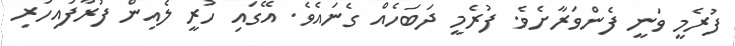
ފުރެމީ ވަނީ ފެންވަރާށެވެ. ފުރެމީ ދަބަހެއް ގެނައެވެ. އޭގައި ހުރީ ލެއިން ފުރާފައިހުރި